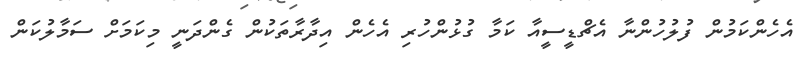
އެހެންކަމުން ފުލުހުންނާ އެޗްޑީސީއާ ކަމާ ގުޅުންހުރި އެހެން އިދާރާތަކުން ގެންދަނީ މިކަމަށް ސަމާލުކަން